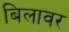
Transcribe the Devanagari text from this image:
बिलावर